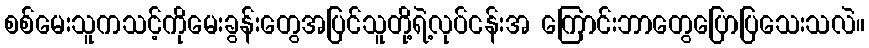
စစ်မေးသူကသင့်ကိုမေးခွန်းတွေအပြင်သူတို့ရဲ့လုပ်ငန်းအ ကြောင်းဘာတွေပြောပြသေးသလဲ။